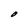
Character: O